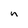
Character: n